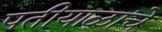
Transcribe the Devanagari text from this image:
पतीयाळाचे